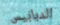
الدبابيس